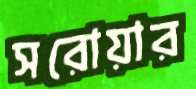
সরোয়ার